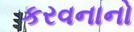
કરવનાનો